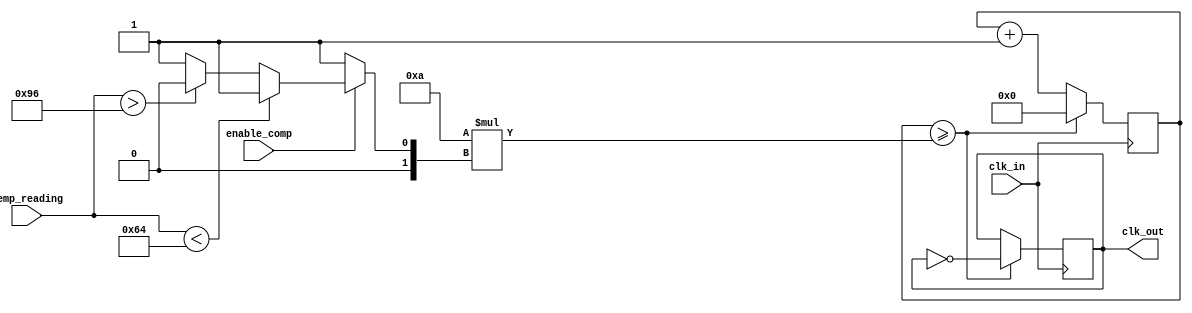
module TempCompClockBuffer (
    input wire clk_in,              // Input clock signal
    input wire [7:0] temp_reading,  // 8-bit temperature reading (from 0 to 255)
    input wire enable_comp,          // Enable temperature compensation
    output reg clk_out               // Compensated output clock signal
);

// Parameter definitions
parameter CLK_PERIOD = 10;         // Base clock period in ns (100 MHz)
parameter TEMP_MIN = 8'd0;         // Minimum temperature reading
parameter TEMP_MAX = 8'd255;       // Maximum temperature reading
parameter COMP_FACTOR_MAX = 2;     // Maximum compensation factor

// Compensation factor based on temperature lookup (example values)
reg [1:0] compensation_factor;

always @(*) begin
    if (enable_comp) begin
        // Simple compensation logic based on temperature (linear approximation)
        if (temp_reading < 100) begin
            compensation_factor = 1; // Increase frequency
        end else if (temp_reading > 150) begin
            compensation_factor = 0; // Decrease frequency
        end else begin
            compensation_factor = 1; // No change
        end
    end else begin
        compensation_factor = 1; // No compensation
    end
end

// Clock generation logic
reg [31:0] clk_divider;  // Clock divider for generating output clock

always @(posedge clk_in) begin
    // Adjust the clock period based on compensation factor
    clk_divider <= clk_divider + 1;

    if (clk_divider >= (CLK_PERIOD * compensation_factor)) begin
        clk_out <= ~clk_out; // Toggle output clock
        clk_divider <= 0;     // Reset divider
    end
end

endmodule